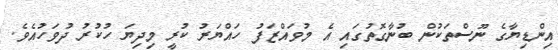
އިންޑިޔާގެ ނޫސްތަކުން ބުނާގޮތުގައި އެ މުވައްޒަފު ހައްޔަރު ކުރީ މިދިޔަ ހުކުރު ދުވަހުއެވެ.